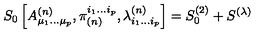
S _ { 0 } \left[ A _ { \mu _ { 1 } . . . \mu _ { p } } ^ { ( n ) } , \pi _ { ( n ) } ^ { i _ { 1 } . . . i _ { p } } , \lambda _ { i _ { 1 } . . . i _ { p } } ^ { ( n ) } \right] = S _ { 0 } ^ { ( 2 ) } + S ^ { ( \lambda ) }